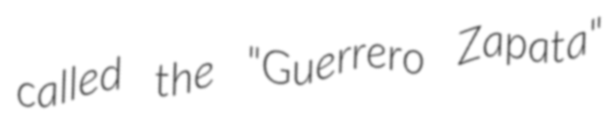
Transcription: called the "Guerrero Zapata"